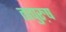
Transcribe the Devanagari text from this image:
तत्पुरु़ष